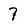
Character: 7